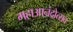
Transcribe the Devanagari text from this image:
महाआनंदोत्सव